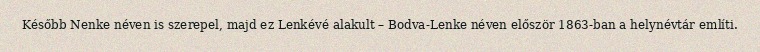
Később Nenke néven is szerepel, majd ez Lenkévé alakult – Bodva-Lenke néven először 1863-ban a helynévtár említi.